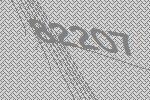
82207